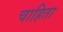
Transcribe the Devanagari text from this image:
चाहिता